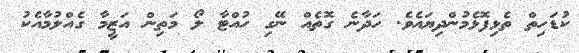
ކުޑަހިތް ތެޅިފޮޅެމުންދިޔައެވެ. ހަދާނެ ގޮތެއް ނޭގި ހުއްޓާ ލޯ މަތިން އަޒީމާ ގެއްލުމާއެކު